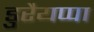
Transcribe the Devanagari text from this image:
डुरैयप्पा